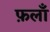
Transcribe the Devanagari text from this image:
फ़लाँ